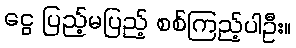
ငွေ ပြည့်မပြည့် စစ်ကြည့်ပါဦး။